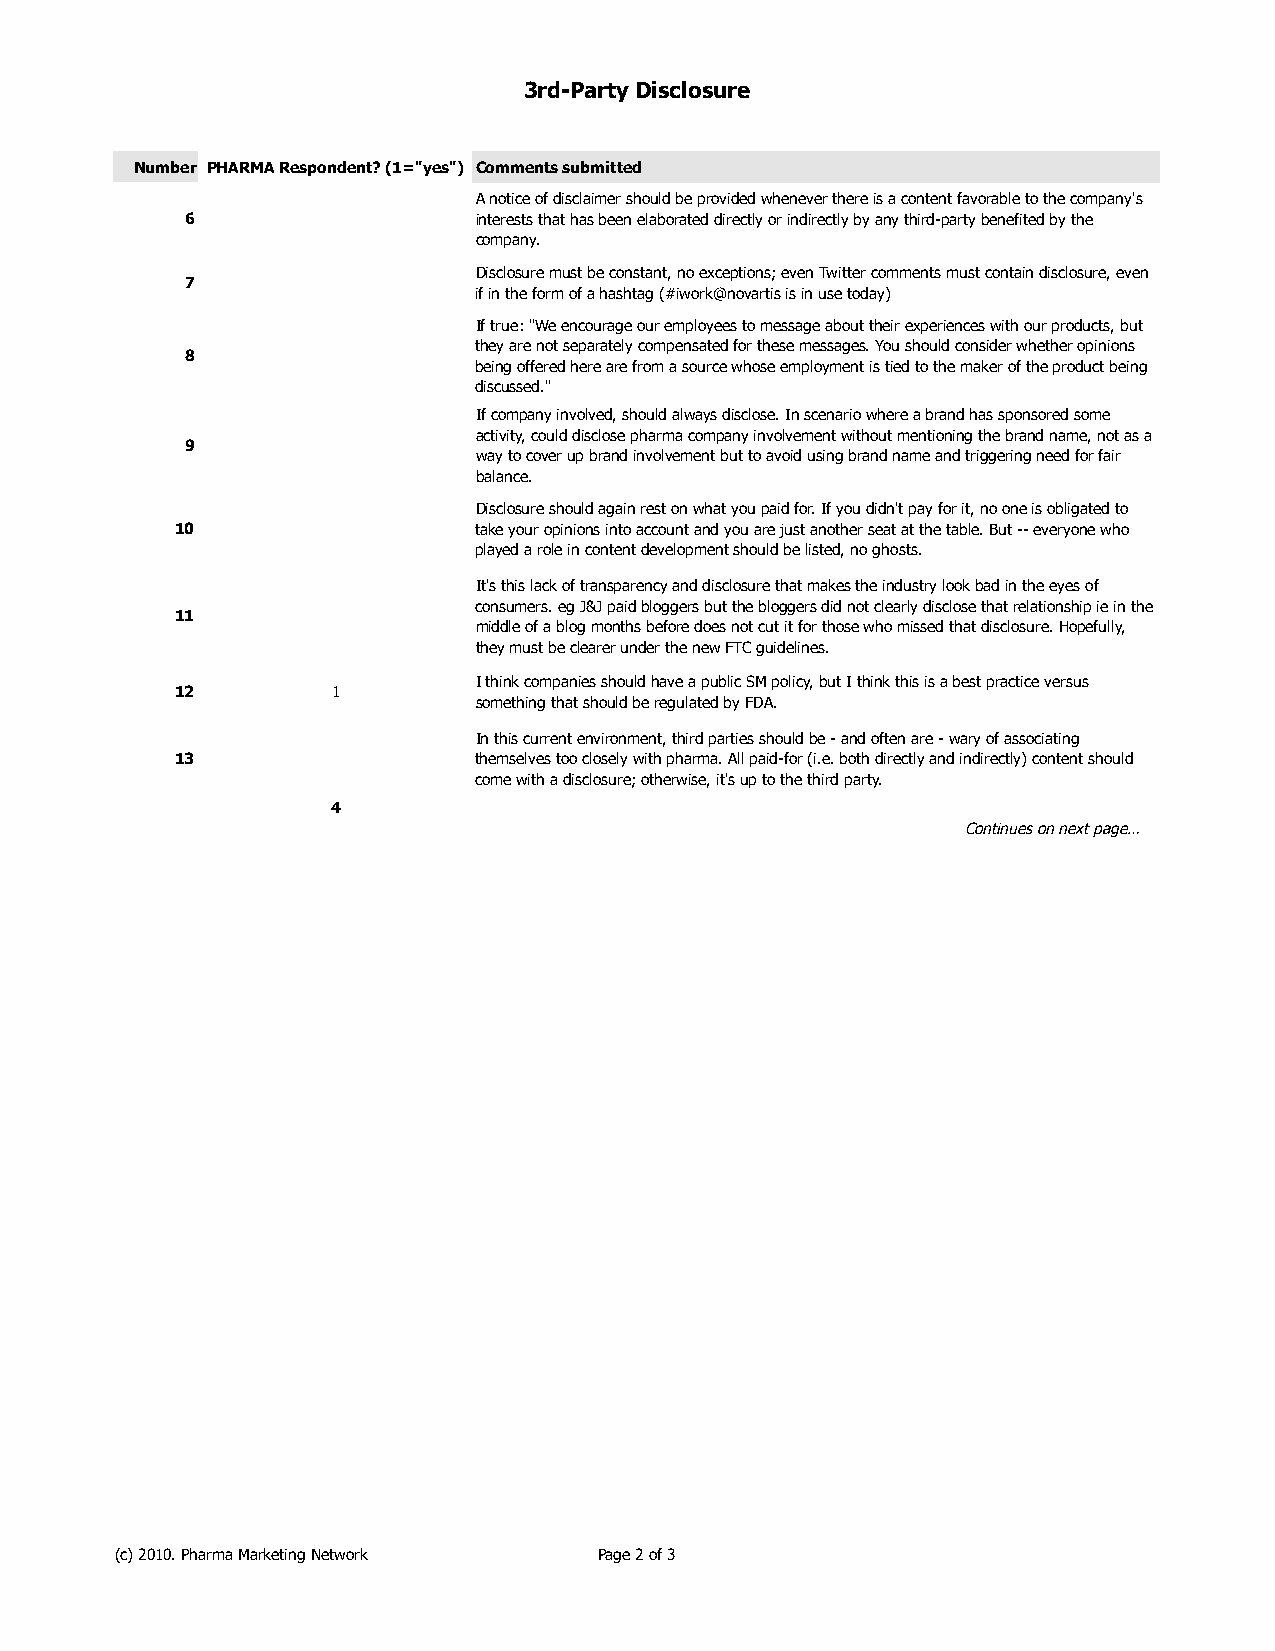
3rd-Party Disclosure
 Number PHARMA Respondent? (1="yes") Comments submitted
 A notice of disclaimer should be provided whenever there is a content favorable to the company's
 6                  interests that has been elaborated directly or indirectly by any third-party benefited by the
 company.
 Disclosure must be constant, no exceptions; even Twitter comments must contain disclosure, even
 7
 if in the form of a hashtag (#iwork@novartis is in use today)
 If true: "We encourage our employees to message about their experiences with our products, but
 they are not separately compensated for these messages. You should consider whether opinions
 8
 being offered here are from a source whose employment is tied to the maker of the product being
 discussed."
 If company involved, should always disclose. In scenario where a brand has sponsored some
 activity, could disclose pharma company involvement without mentioning the brand name, not as a
 9
 way to cover up brand involvement but to avoid using brand name and triggering need for fair
 balance.
 Disclosure should again rest on what you paid for. If you didn't pay for it, no one is obligated to
 10                 take your opinions into account and you are just another seat at the table. But -- everyone who
 played a role in content development should be listed, no ghosts.
 It's this lack of transparency and disclosure that makes the industry look bad in the eyes of
 consumers. eg J&J paid bloggers but the bloggers did not clearly disclose that relationship ie in the
 11
 middle of a blog months before does not cut it for those who missed that disclosure. Hopefully,
 they must be clearer under the new FTC guidelines.
 I think companies should have a public SM policy, but I think this is a best practice versus
 12        1
 something that should be regulated by FDA.
 In this current environment, third parties should be - and often are - wary of associating
 13                 themselves too closely with pharma. All paid-for (i.e. both directly and indirectly) content should
 come with a disclosure; otherwise, it's up to the third party.
 4
 Continues on next page…
 (c) 2010. Pharma Marketing Network Page 2 of 3